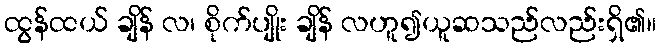
ထွန်ထယ် ချိန် လ၊ စိုက်ပျိုး ချိန် လဟူ၍ယူဆသည်လည်းရှိ၏။